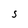
Character: S